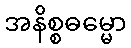
အနိစ္စဓမ္မော